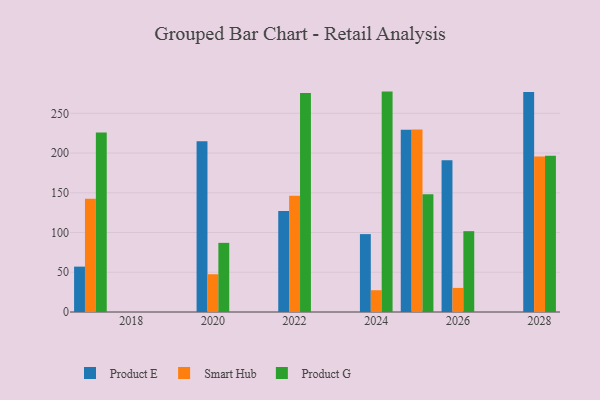
{"axis": {"x": "Year", "y": "Inventory Turnover"}, "legend": ["Product E", "Product G", "Smart Hub"], "data": [{"x": "2026", "y": 190.9, "type": "Product E"}, {"x": "2026", "y": 30.3, "type": "Smart Hub"}, {"x": "2026", "y": 101.7, "type": "Product G"}, {"x": "2024", "y": 98.0, "type": "Product E"}, {"x": "2024", "y": 27.4, "type": "Smart Hub"}, {"x": "2024", "y": 277.3, "type": "Product G"}, {"x": "2028", "y": 276.8, "type": "Product E"}, {"x": "2028", "y": 195.7, "type": "Smart Hub"}, {"x": "2028", "y": 196.6, "type": "Product G"}, {"x": "2022", "y": 127.1, "type": "Product E"}, {"x": "2022", "y": 146.2, "type": "Smart Hub"}, {"x": "2022", "y": 275.6, "type": "Product G"}, {"x": "2020", "y": 214.8, "type": "Product E"}, {"x": "2020", "y": 47.5, "type": "Smart Hub"}, {"x": "2020", "y": 87.0, "type": "Product G"}, {"x": "2025", "y": 229.2, "type": "Product E"}, {"x": "2025", "y": 229.5, "type": "Smart Hub"}, {"x": "2025", "y": 148.0, "type": "Product G"}, {"x": "2017", "y": 57.1, "type": "Product E"}, {"x": "2017", "y": 142.4, "type": "Smart Hub"}, {"x": "2017", "y": 225.8, "type": "Product G"}]}